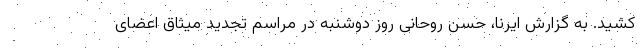
کشید. به گزارش ایرنا، حسن روحانی روز دوشنبه در مراسم تجدید میثاق اعضای